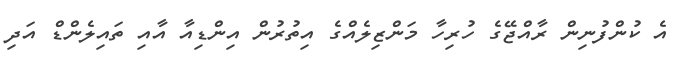
އެ ކުންފުނިން ރާއްޖޭގެ ހުރިހާ މަންޒިލެއްގެ އިތުރުން އިންޑިއާ އާއި ތައިލެންޑް އަދި